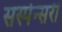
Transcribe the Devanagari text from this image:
सस्पेन्सरी